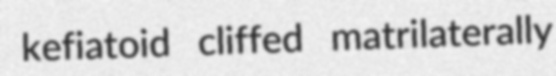
kefiatoid cliffed matrilaterally